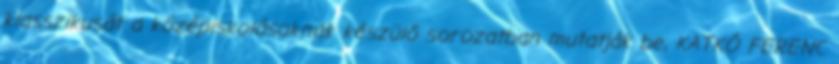
klasszikusát a középiskolásoknak készülő sorozatban mutatják be, KATKÓ FERENC